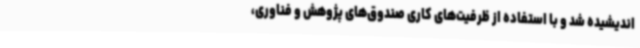
اندیشیده شد و با استفاده از ظرفیت‌های کاری صندوق‌های پژوهش و فناوری،